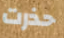
حذرت